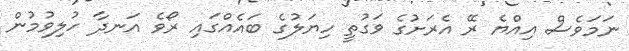
ނަމަވެސް އިއްޔެ ރޭ އެރަށުގެ ވަގުތީ ހިޔަލުގެ ބައެއްގައި ރޯވެ އަނދާ ހުލިވުމުން